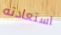
استعادته